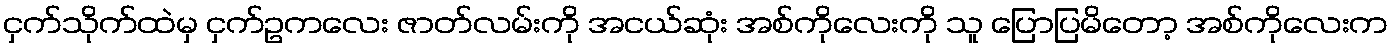
ငှက်သိုက်ထဲမှ ငှက်ဥကလေး ဇာတ်လမ်းကို အငယ်ဆုံး အစ်ကိုလေးကို သူ ပြောပြမိတော့ အစ်ကိုလေးက